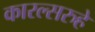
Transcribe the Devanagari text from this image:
कारल्सरुहे